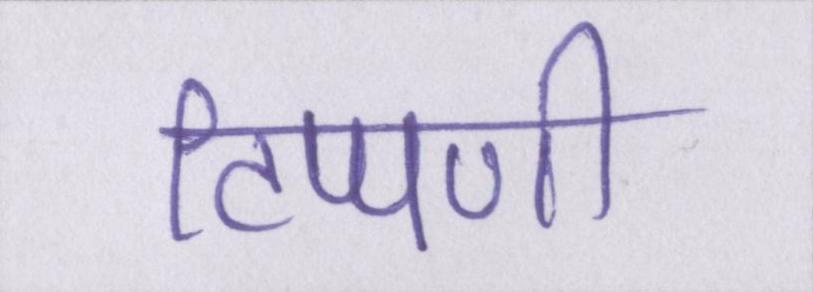
टिप्पणी